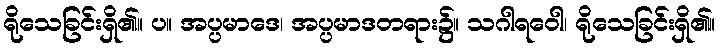
ရိုသေခြင်းရှိ၏။ ပ။ အပ္ပမာဒေ၊ အပ္ပမာဒတရား၌။ သဂါရဝေါ၊ ရိုသေခြင်းရှိ၏။